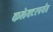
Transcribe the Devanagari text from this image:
कलेक्टरपर्यंत